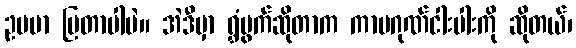
ဥပမာ ပြတာပါပဲ။ အဲဒီမှာ ရွှံဗွက်ဆိုတာက ကာမဂုဏ်ငါးပါးကို ဆိုတယ်၊